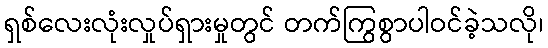
ရှစ်လေးလုံးလှုပ်ရှားမှုတွင် တက်ကြွစွာပါဝင်ခဲ့သလို၊